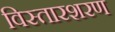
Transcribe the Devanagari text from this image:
विस्तारशरण